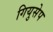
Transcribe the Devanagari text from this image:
गियुसेप